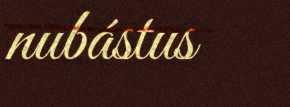
nubástus